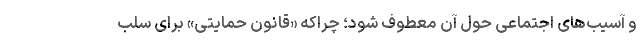
و آسیب‌های اجتماعی حول آن معطوف شود؛ چراکه «قانون حمایتی» برای سلب